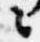
々